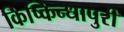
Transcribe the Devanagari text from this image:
किष्किन्धापुरी